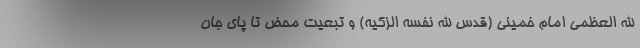
الله العظمی امام خمینی (قدس الله نفسه الزکیه) و تبعیت محض تا پای جان